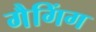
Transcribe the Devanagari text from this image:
गैगिंग